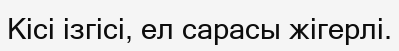
Кісі ізгісі, ел сарасы жігерлі.